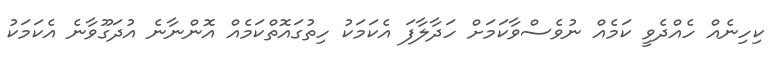
ކިހިނެއް ހެއްދެވީ ކަމެއް ނުވެސްވާކަމަށް ހަދާލާފަ އެކަމަކު ހިތުގައޮތްކަމެއް އޮންނާނެ އުދަގޫވާނެ އެކަމަކު